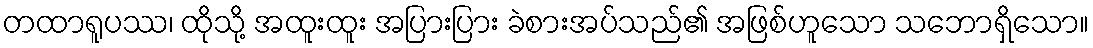
တထာရူပဿ၊ ထိုသို့ အထူးထူး အပြားပြား ခဲစားအပ်သည်၏ အဖြစ်ဟူသော သဘောရှိသော။